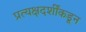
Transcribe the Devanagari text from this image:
प्रत्यक्षदर्शींकडून